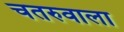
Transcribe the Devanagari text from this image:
चतरुवाला